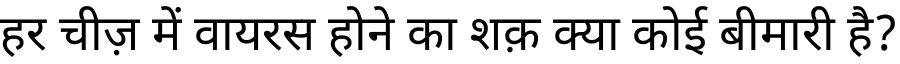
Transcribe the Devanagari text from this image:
हर चीज़ में वायरस होने का शक़ क्या कोई बीमारी है?